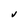
Character: v